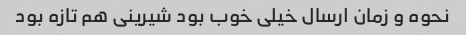
نحوه و زمان ارسال خیلی خوب بود شیرینی هم تازه بود